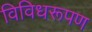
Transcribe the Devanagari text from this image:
विविधरूपण